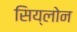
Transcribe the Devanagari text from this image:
सिय्लोन